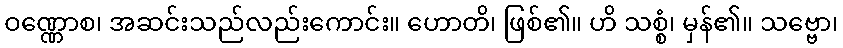
ဝဏ္ဏောစ၊ အဆင်းသည်လည်းကောင်း။ ဟောတိ၊ ဖြစ်၏။ ဟိ သစ္စံ၊ မှန်၏။ သဗ္ဗော၊